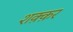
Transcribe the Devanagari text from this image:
शक़्क़र